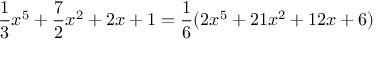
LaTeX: { \frac { 1 } { 3 } } x ^ { 5 } + { \frac { 7 } { 2 } } x ^ { 2 } + 2 x + 1 = { \frac { 1 } { 6 } } ( 2 x ^ { 5 } + 2 1 x ^ { 2 } + 1 2 x + 6 )